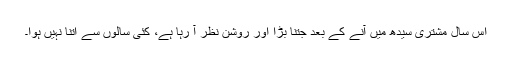
اس سال مشتری سیدھ میں آنے کے بعد جتنا بڑا اور روشن نظر آ رہا ہے، کئی سالوں سے اتنا نہیں ہوا۔